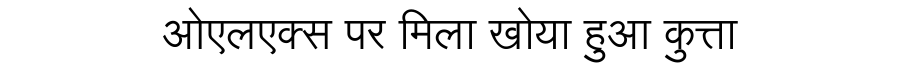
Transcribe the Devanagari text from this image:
ओएलएक्स पर मिला खोया हुआ कुत्ता